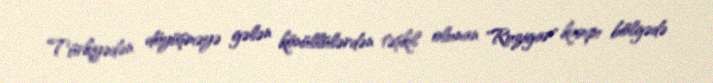
Türkiyədən döyüşməyə gələn könüllülərdən təşkil olunan "Ruzigar" kampı bölgədə